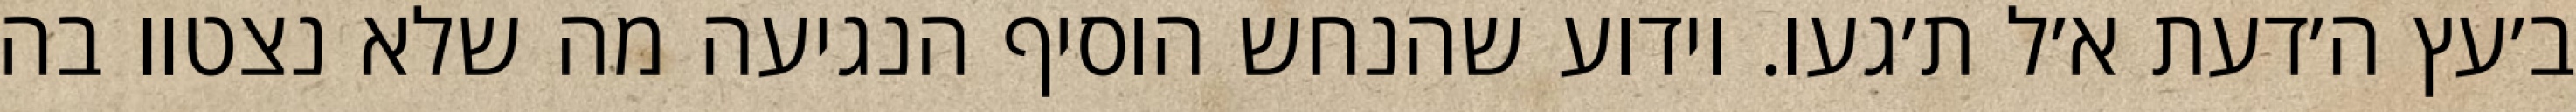
ב׳עץ ה׳דעת א׳ל ת׳געו. וידוע שהנחש הוסיף הנגיעה מה שלא נצטוו בה